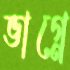
ভাগ্নে